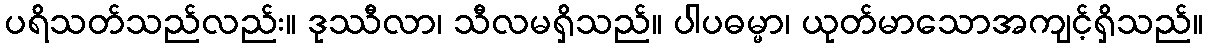
ပရိသတ်သည်လည်း။ ဒုဿီလာ၊ သီလမရှိသည်။ ပါပဓမ္မာ၊ ယုတ်မာသောအကျင့်ရှိသည်။